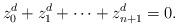
LaTeX: \begin{align*}z_0^d+z_1^d+\cdots +z_{n+1}^d=0.\end{align*}